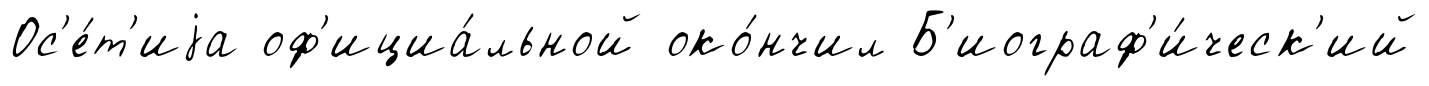
Ос'е́т'иjа оф'ициа́льной око́нчил Б'иограф'и́ческ'ий